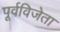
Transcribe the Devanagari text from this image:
पूर्वविजेता